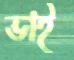
ভাই